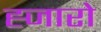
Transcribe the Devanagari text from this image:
ह्जारो